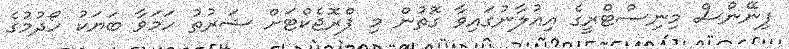
ފިނޭންސް މިނިސްޓްރީގެ އިއުލާނުގައިވާ ގޮތުން މި ޕްރޮޖެކްޓަށް ޝަރުތު ހަމަވާ ބަޔަކު ހޯދުމުގެ